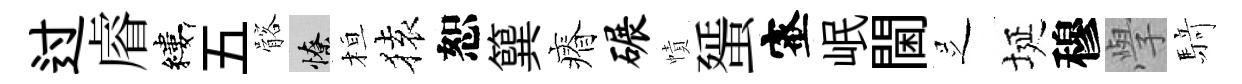
过𥈠縷五髂憭桓𫞤恕簨瘠碾幘蜑蜜岷閫𠯁埏穆𭓕𮪍